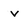
Character: v